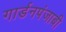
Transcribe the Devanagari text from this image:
गार्डनपंजाबी